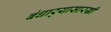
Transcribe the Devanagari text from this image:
बंधार्‍यासारखी